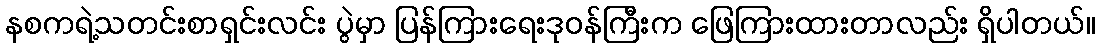
နစကရဲ့သတင်းစာရှင်းလင်း ပွဲမှာ ပြန်ကြားရေးဒုဝန်ကြီးက ဖြေကြားထားတာလည်း ရှိပါတယ်။